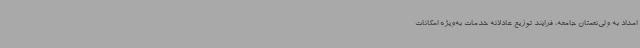
امداد به ولی‌نعمتان جامعه، فرایند توزیع عادلانه خدمات به‌ویژه امکانات